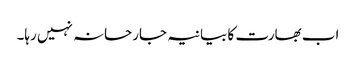
اب بھارت کا بیانیہ جارحانہ نہیں رہا۔